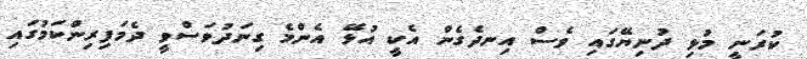
ކުރަނީ މުޅި ދުނިޔޭގައި ވެސް އިނދެގެން އެކީ އުޅޭ އެންމެ ގިނަދުވަސްވީ ދެމަފިރިންކަމުގައި